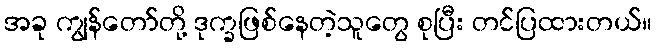
အခု ကျွန်တော်တို့ ဒုက္ခဖြစ်နေတဲ့သူတွေ စုပြီး တင်ပြထားတယ်။